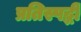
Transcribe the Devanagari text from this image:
प्रतिस्पर्द्धी